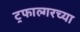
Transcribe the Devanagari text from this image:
ट्रफाल्गरच्या